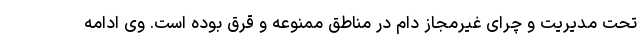
تحت مدیریت و چرای غیرمجاز دام در مناطق ممنوعه و قرق بوده است. وی ادامه